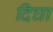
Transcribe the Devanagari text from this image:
दिघा